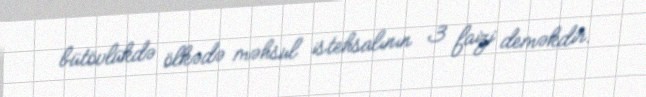
bütövlükdə ölkədə məhsul istehsalının 3 faizi deməkdir.